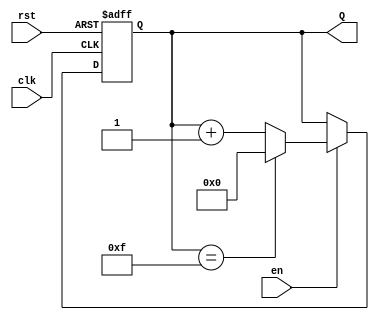
module binary_up_counter #(
    parameter n = 4 // Number of bits in the counter
)(
    input wire clk,     // Clock signal
    input wire rst,     // Asynchronous reset signal
    input wire en,      // Enable signal
    output reg [n-1:0] Q // n-bit output count
);

// Always block triggered on the rising edge of the clock
always @(posedge clk or posedge rst) begin
    if (rst) begin
        // Reset the counter to 0
        Q <= 0;
    end else if (en) begin
        // Increment the counter
        if (Q == (2**n - 1)) begin
            Q <= 0; // Wrap around to 0
        end else begin
            Q <= Q + 1; // Increment the counter
        end
    end
    // If enable is low, retain the current value of Q
end

endmodule